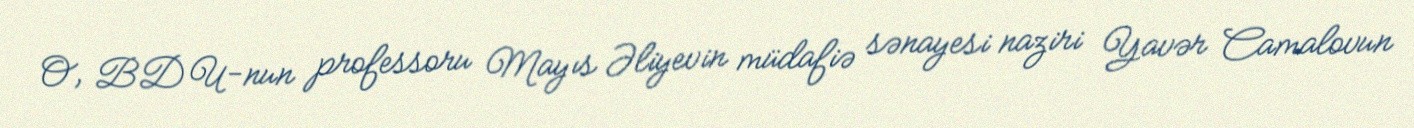
O, BDU-nun professoru Mayıs Əliyevin müdafiə sənayesi naziri Yavər Camalovun